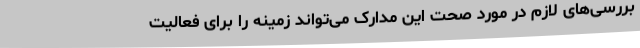
بررسی‌های لازم در مورد صحت این مدارک می‌تواند زمینه را برای فعالیت